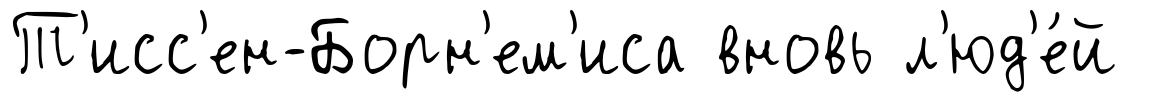
Т'исс'ен-Борн'ем'иса вновь л'юд'е́й